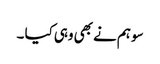
سو ہم نے بھی وہی کیا ۔